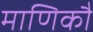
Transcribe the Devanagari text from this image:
माणिकौ